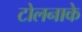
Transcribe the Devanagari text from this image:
टोलनाके